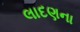
લાદણના